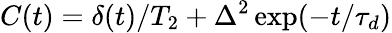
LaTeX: C(t)=\delta(t)/T_{2}+\Delta^{2}\exp(-t/\tau_{d})